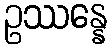
ဥဿန္နေ